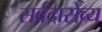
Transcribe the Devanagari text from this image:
सर्वदासेव्य